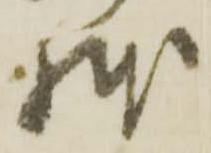
躰